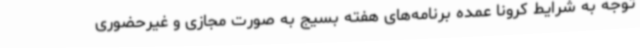
توجه به شرایط کرونا عمده برنامه‌های هفته بسیج به صورت مجازی و غیرحضوری